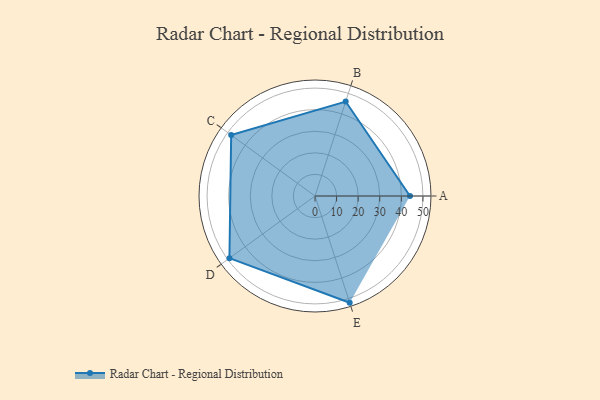
{"axis": {"x": "Skill", "y": "Score"}, "legend": ["Profile"], "data": [{"x": "A", "y": 44.0, "type": "Profile"}, {"x": "B", "y": 46.0, "type": "Profile"}, {"x": "C", "y": 48.0, "type": "Profile"}, {"x": "D", "y": 49.0, "type": "Profile"}, {"x": "E", "y": 52.0, "type": "Profile"}]}